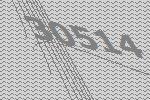
30514